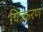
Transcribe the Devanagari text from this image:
चित्र्करण